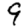
Digit: 9